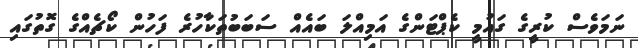
ނަމަވެސް ކުރީގެ ގައުމީ ކެޕްޓަންގެ އަމިއްލަ ބައެއް ސަބަބުތަކާހުރެ ފަހުން ކޯޗެއްގެ ގޮތުގައި